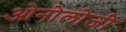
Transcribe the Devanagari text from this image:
ओनोलोजी